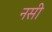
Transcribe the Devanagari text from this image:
नसी